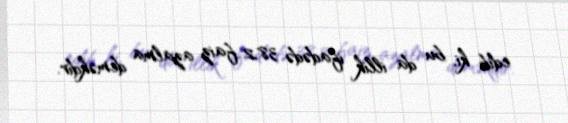
edib ki, bu da illik ifadədə 38,2 faiz azalma deməkdir.